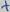
Text: +